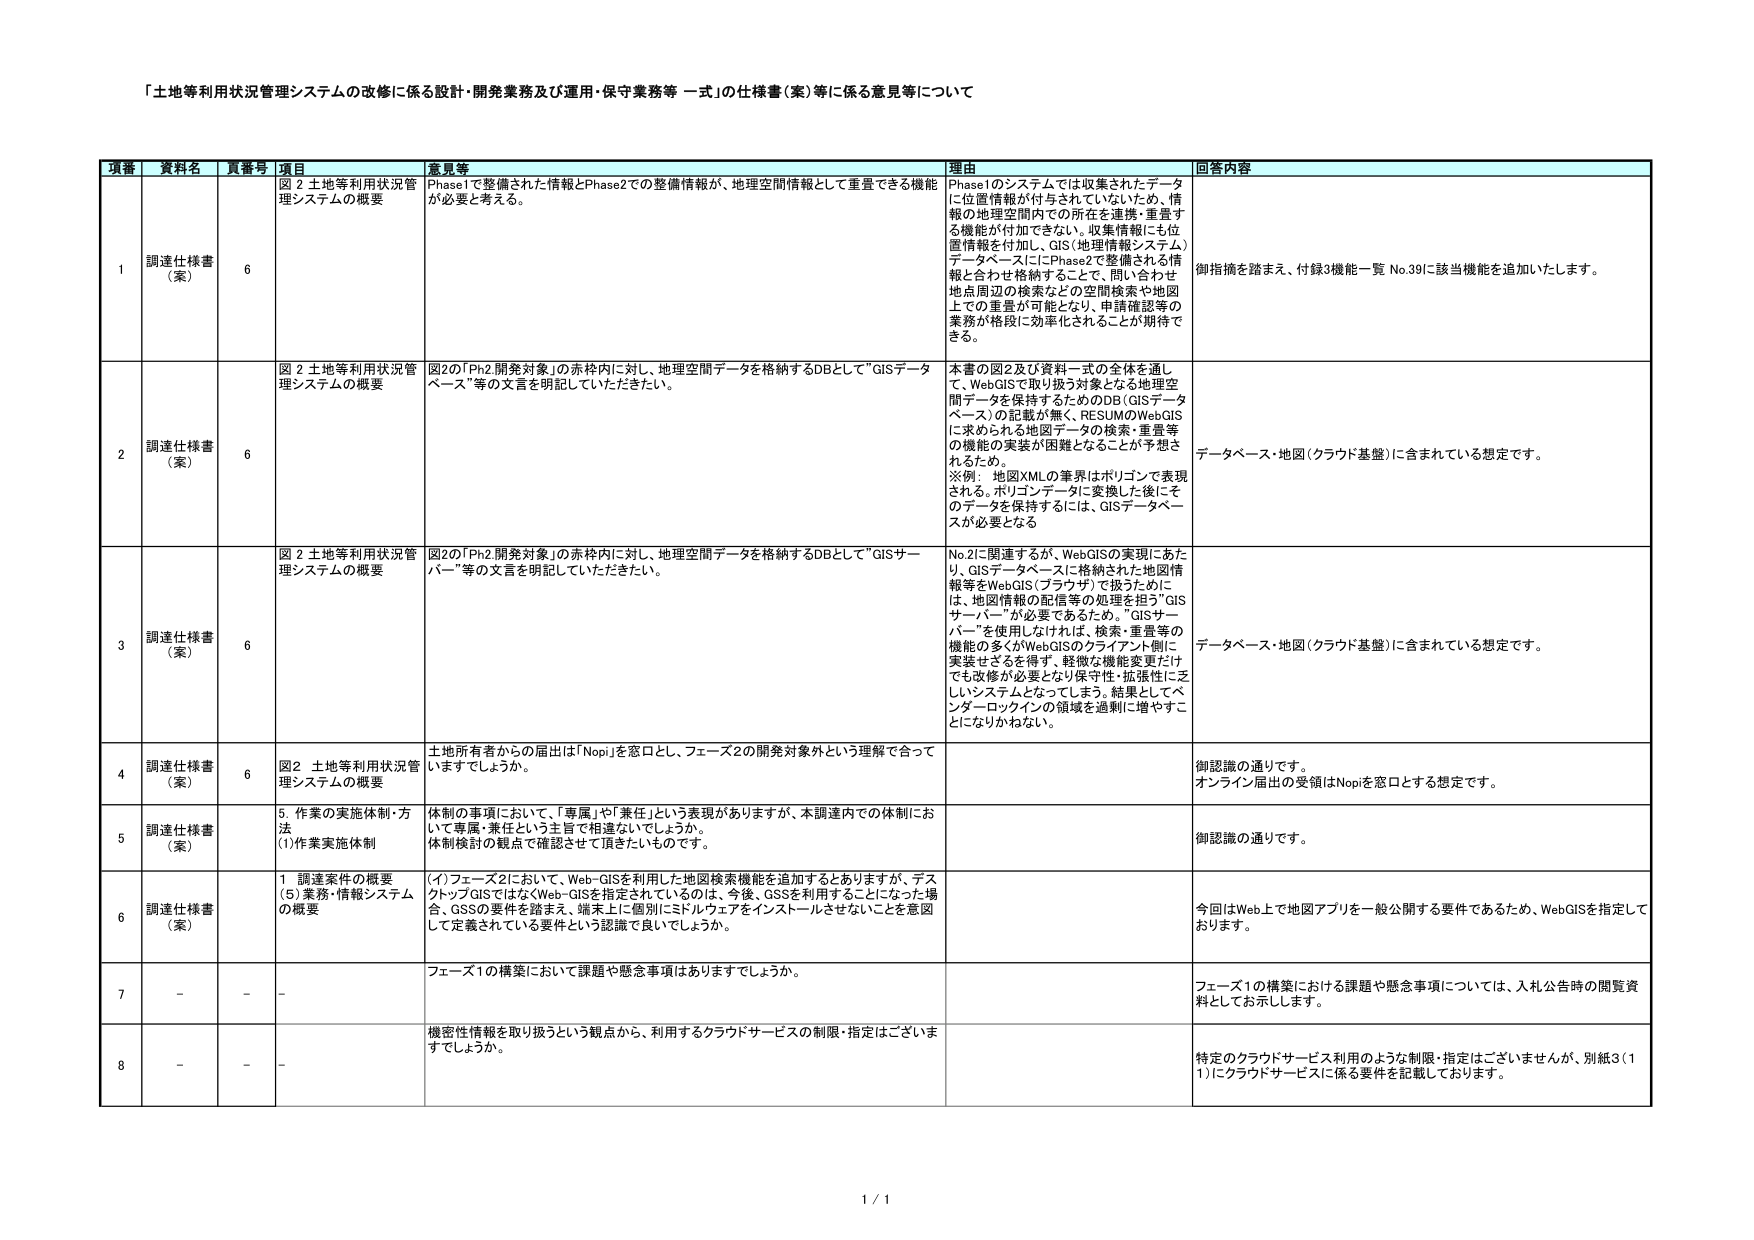
「土地等利用状況管理システムの改修に係る設計・開発業務及び運用・保守業務等 一式」の仕様書（案）等に係る意見等について

項番 資料名 頁番号 項目 意見等 理由 回答内容

1 調達仕様書（案） 6 図 2 土地等利用状況管理システムの概要 Phase1で整備された情報とPhase2での整備情報が、地理空間情報として重畳できる機能が必要と考える。 Phase1のシステムでは収集されたデータに位置情報が付与されていないため、情報の地理空間内での所在を連携・重畳する機能が付加できない。収集情報にも位置情報を付加し、GIS（地理情報システム）データベース上にPhase2で整備される情報と合わせ格納することで、問い合わせ地点周辺の検索などの空間検索や地図上での重畳が可能となり、申請確認等の業務が格段に効率化されることが期待できる。 御指摘を踏まえ、付録3機能一覧 No.39に該当機能を追加いたします。

2 調達仕様書（案） 6 図 2 土地等利用状況管理システムの概要 図2の「Ph2開発対象」の赤枠内に対し、地理空間データを格納するDBとして”GISデータベース”等の文言を明記していただきたい。 本書の図2及び資料一式の全体を通じて、WebGISで取り扱う対象となる地理空間データを保持するためのDB（GISデータベース）の記載が無く、RESUMのWebGISに求められる地図データの検索・重畳等の機能の実装が困難となることが予想されるため。 次例：地図XMLの筆界はポリゴンで表現される。ポリゴンデータに変換した後にそのデータを保持するには、GISデータベースが必要となる データベース・地図（クラウド基盤）に含まれている想定です。

3 調達仕様書（案） 6 図 2 土地等利用状況管理システムの概要 図2の「Ph2開発対象」の赤枠内に対し、地理空間データを格納するDBとして”GISサーバー”等の文言を明記していただきたい。 No.2に関連するが、WebGISの実現にあたり、GISデータベースに格納された地図情報等をWebGIS（ブラウザ）で扱うためには、地図情報の配信等の処理を担う”GISサーバー”が必要であるため。”GISサーバー”を使用しなければ、検索・重畳等の機能の多くがWebGISのクライアント側に実装せざるを得ず、軽微な機能変更だけでも改修が必要となり保守性・拡張性に乏しいシステムとなってしまう。結果としてベンダーロッキングの領域を過剰に増やすことになりかねない。 データベース・地図（クラウド基盤）に含まれている想定です。

4 調達仕様書（案） 6 図2 土地等利用状況管理システムの概要 土地所有者からの届出は「Nop」を窓口とし、フェーズ2の開発対象外という理解で合っていますでしょうか。 御認識の通りです。 オンライン届出の受領はNopを窓口とする想定です。

5 調達仕様書（案） 5. 作業の実施体制・方法 (1)作業実施体制 体制の事項において、「専属」や「兼任」という表現がありますが、本調達内での体制において専属・兼任という主旨で相違ないでしょうか。 体制検討の観点で確認させて頂きたいものです。 御認識の通りです。

6 調達仕様書（案） 1 調達条件の概要 (5)業務・情報システムの概要 (イ)フェーズ2において、Web-GISを利用した地図検索機能を追加するとありますが、デスクトップGISではなくWeb-GISを指定されているのは、今後、GSSを利用することになった場合、GSSの要件を踏まえ、端末上に個別にミドルウェアをインストールさせないことを意図して定義されている要件という認識で良いでしょうか。 今回はWeb上で地図アプリを一般公開する要件であるため、WebGISを指定しております。

7 - - - フェーズ1の構築において課題や懸念事項はありますでしょうか。 フェーズ1の構築における課題や懸念事項については、入札公告時の閲覧資料としてお示しします。

8 - - - 機密性情報を取り扱うという観点から、利用するクラウドサービスの制限・指定はございますでしょうか。 特定のクラウドサービス利用のような制限・指定はございませんが、別紙3（11）にクラウドサービスに係る要件を記載しております。

1 / 1